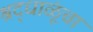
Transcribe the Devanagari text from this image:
श्रद्धाळूंचा